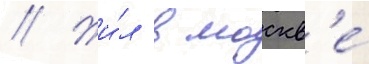
// Жи́л в москв'е́